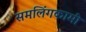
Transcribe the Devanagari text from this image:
समलिंगकामी